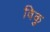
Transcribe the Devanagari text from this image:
विकु